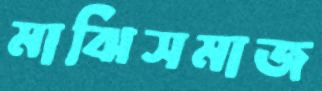
মাঝিসমাজ